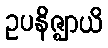
ဥပနိဇ္ဈာယိ